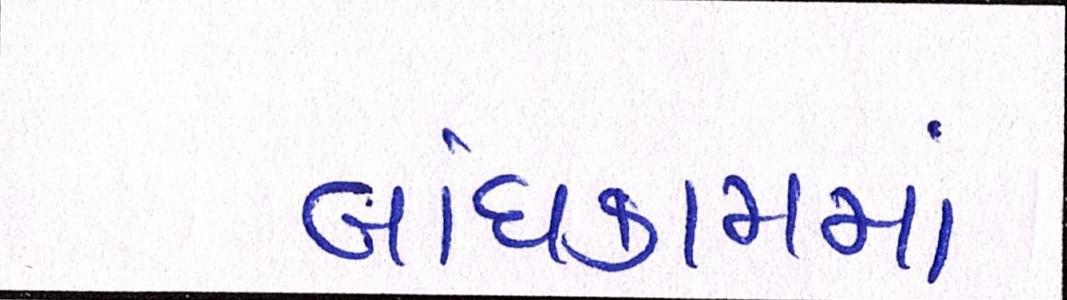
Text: બાંધકામમાં